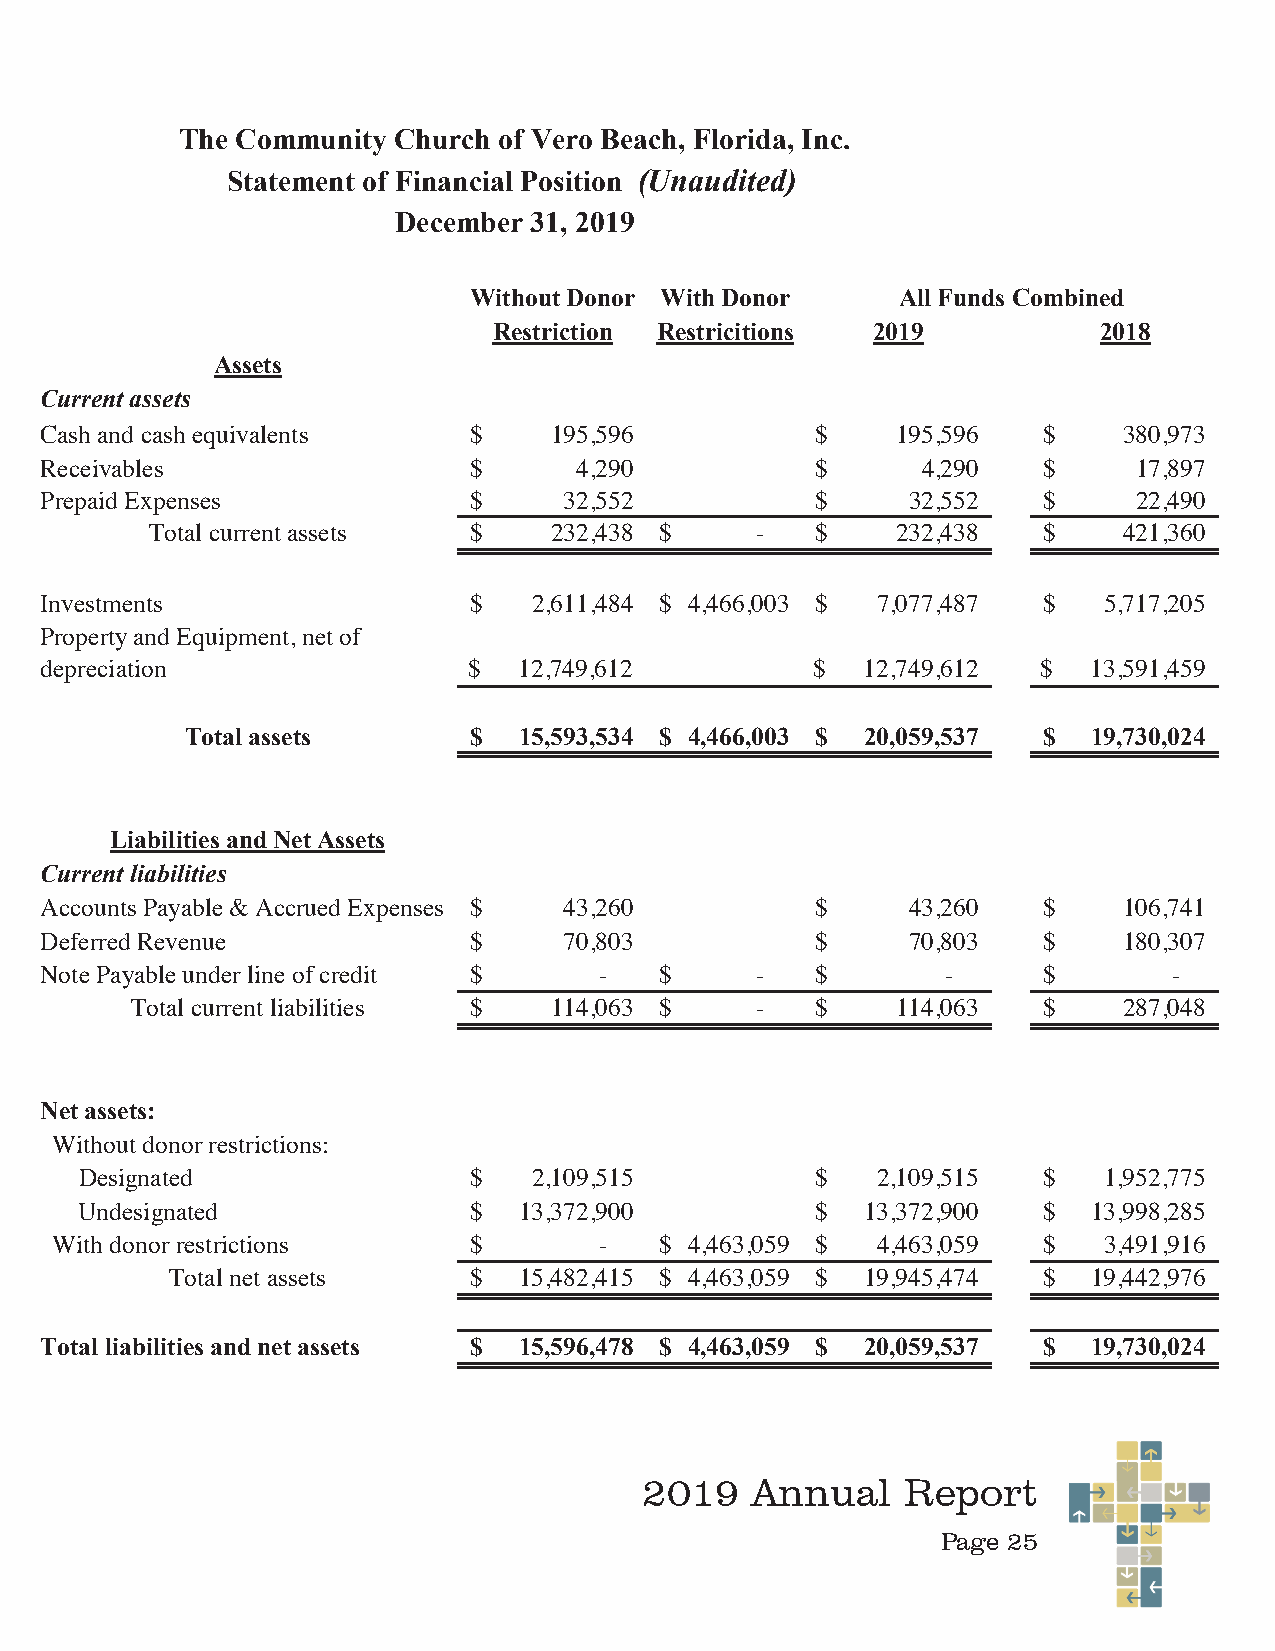
The Community Church of Vero Beach, Florida, Inc.
 Statement of Financial Position (Unaudited)
 December 31, 2019
 Without Donor With Donor     All Funds Combined
 Restriction Restricitions 2019          2018
 Assets
 Current assets
 Cash and cash equivalents   $    195,596           $    195,596   $    380,973
 Receivables                 $      4,290           $      4,290   $     17,897
 Prepaid Expenses            $     32,552           $     32,552   $     22,490
 Total current assets $    232,438 $     -   $    232,438   $    421,360
 Investments                 $   2,611,484 $ 4,466,003 $ 7,077,487 $   5,717,205
 Property and Equipment, net of
 depreciation                $  12,749,612          $  12,749,612  $  13,591,459
 Total assets       $  15,593,534 $ 4,466,003 $ 20,059,537 $ 19,730,024
 Liabilities and Net Assets
 Current liabilities
 Accounts Payable & Accrued Expenses $ 43,260       $     43,260   $    106,741
 Deferred Revenue            $     70,803           $     70,803   $    180,307
 Note Payable under line of credit $  -   $     -   $        -     $        -
 Total current liabilities $ 114,063 $    -   $    114,063   $    287,048
 Net assets:
 Without donor restrictions:
 Designated                $   2,109,515          $   2,109,515  $   1,952,775
 Undesignated              $  13,372,900          $  13,372,900  $  13,998,285
 With donor restrictions    $        -   $ 4,463,059 $ 4,463,059  $   3,491,916
 Total net assets    $  15,482,415 $ 4,463,059 $ 19,945,474 $ 19,442,976
 Total liabilities and net assets $ 15,596,478 $ 4,463,059 $ 20,059,537 $ 19,730,024
 2019   Annual    Report
 Page 25